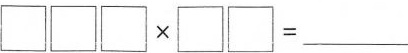
$$ \Box \Box \Box \times \Box \Box =$$___